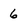
Character: 6